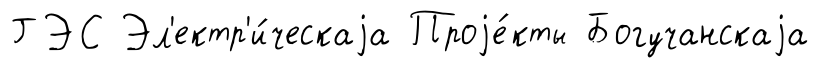
ГЭС Эл'ектр'и́ческаjа Проjе́кты Богучанскаjа